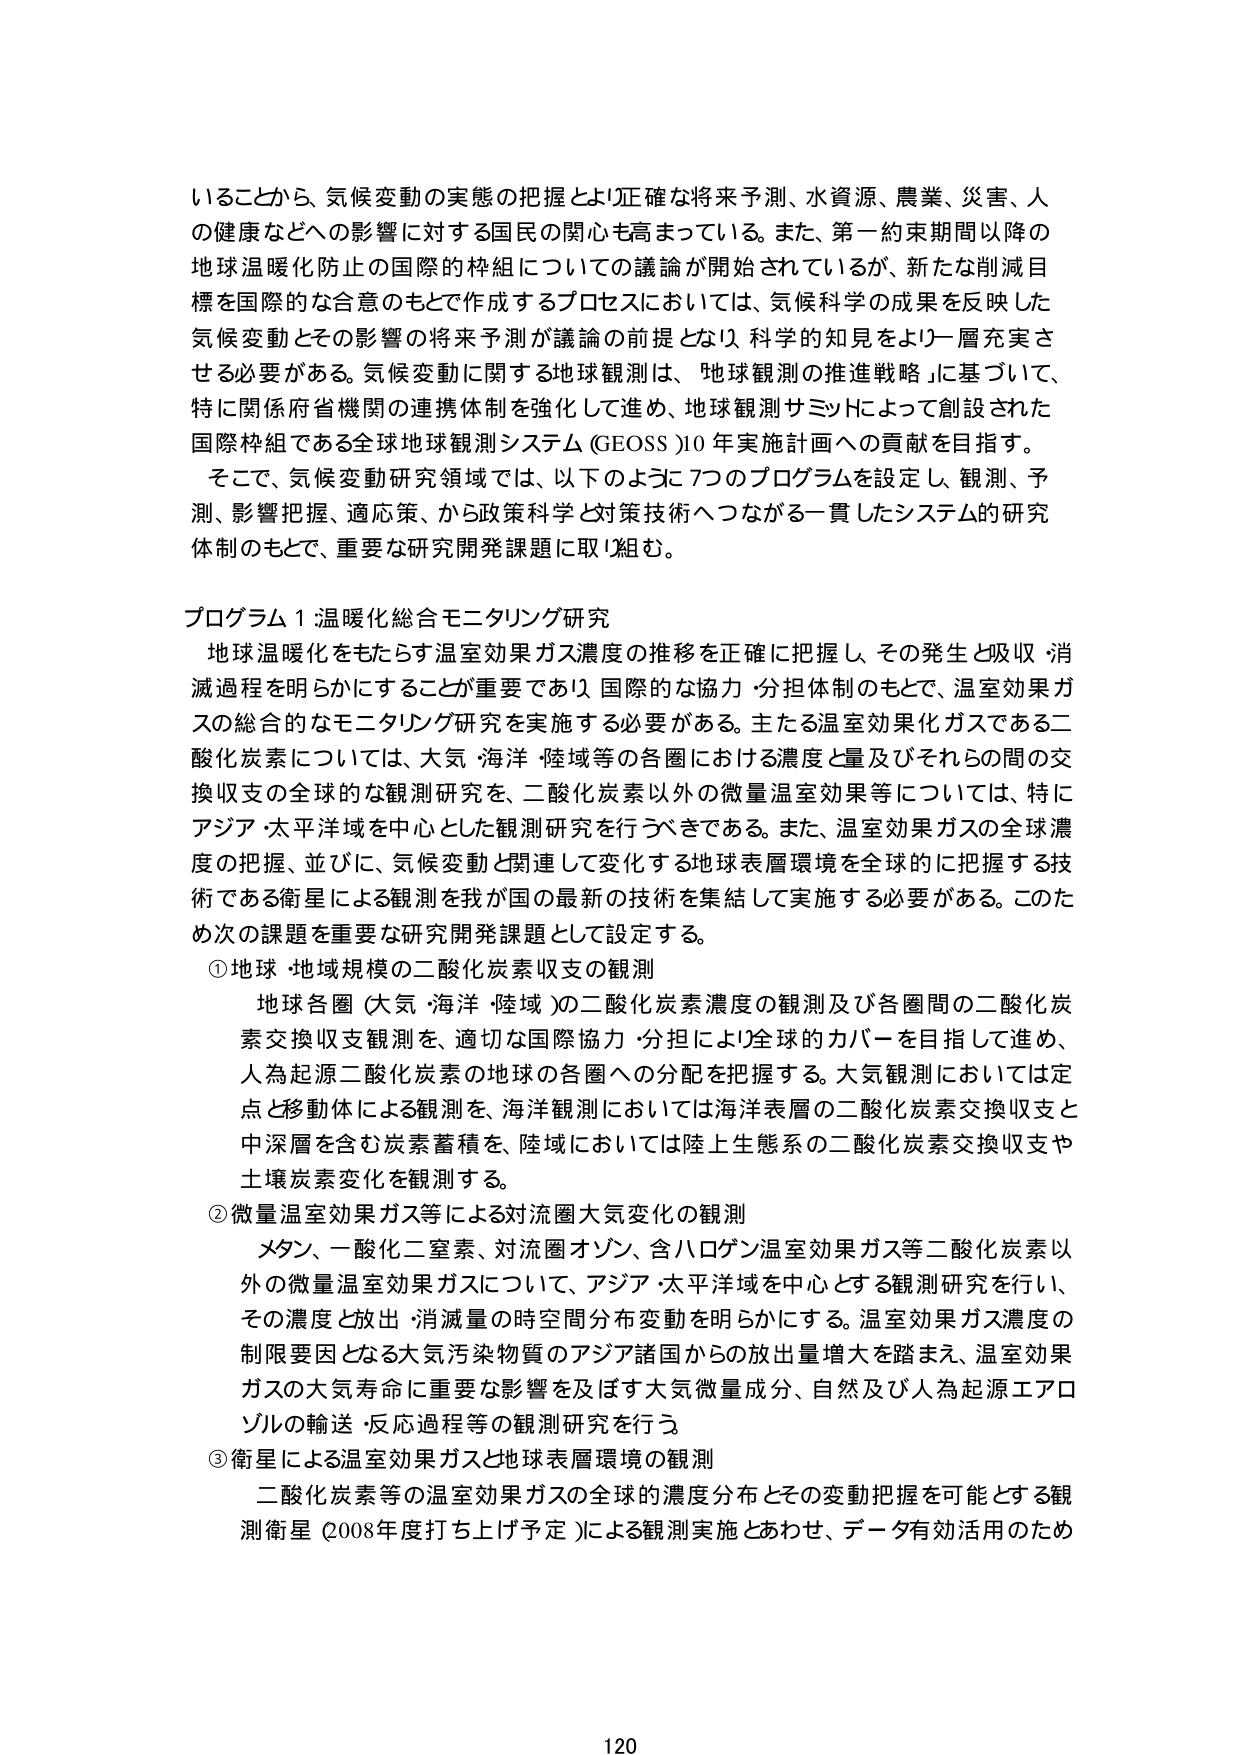
いることから、気候変動の実態の把握とより正確な将来予測、水資源、農業、災害、人の健康などへの影響に対する国民の関心も高まっている。また、第一約束期間以降の地球温暖化防止の国際的枠組についての議論が開始されているが、新たな削減目標を国際的な合意のもとで作成するプロセスにおいては、気候科学の成果を反映した気候変動とその影響の将来予測が議論の前提となり、科学的知見をより一層充実させる必要がある。気候変動に関する地球観測は、「地球観測の推進戦略」に基づいて、特に関係府省機関の連携体制を強化して進め、地球観測サミットによって創設された国際枠組である全球地球観測システム（GEOSS）10年実施計画への貢献を目指す。

そこで、気候変動研究領域では、以下のように7つのプログラムを設定し、観測、予測、影響把握、適応策、から政策科学と対策技術へつながる一貫したシステム的研究体制のもとで、重要な研究開発課題に取り組む。

プログラム1 温暖化総合モニタリング研究

地球温暖化をもたらす温室効果ガス濃度の推移を正確に把握し、その発生と吸収・消滅過程を明らかにすることが重要であり、国際的な協力・分担体制のもとで、温室効果ガスの総合的なモニタリング研究を実施する必要がある。主たる温室効果ガスである二酸化炭素については、大気・海洋・陸域等の各圏における濃度と量及びそれらの間の交換収支の全球的な観測研究を、二酸化炭素以外の微量温室効果等については、特にアジア・太平洋域を中心とした観測研究を行うべきである。また、温室効果ガスの全球濃度の把握、並びに、気候変動と関連して変化する地球表層環境を全球的に把握する技術である衛星による観測を我が国の最新の技術を集結して実施する必要がある。このため次の課題を重要な研究開発課題として設定する。

① 地球・地域規模の二酸化炭素収支の観測

地球各圏（大気・海洋・陸域）の二酸化炭素濃度の観測及び各圏間の二酸化炭素交換収支観測を、適切な国際協力・分担により全球的カバーを目指して進め、人為起源二酸化炭素の地球の各圏への分配を把握する。大気観測においては定点と移動体による観測を、海洋観測においては海洋表層の二酸化炭素交換収支と中深層を含む炭素蓄積を、陸域においては陸上生態系の二酸化炭素交換収支や土壌炭素変化を観測する。

② 微量温室効果ガス等による対流圏大気変化の観測

メタン、一酸化二窒素、対流圏オゾン、含ハロゲン温室効果ガス等二酸化炭素以外の微量温室効果ガスについて、アジア・太平洋域を中心とする観測研究を行い、その濃度と放出・消滅量の時空間分布変動を明らかにする。温室効果ガス濃度の制限要因となる大気汚染物質のアジア諸国からの放出量増大を踏まえ、温室効果ガスの大気寿命に重要な影響を及ぼす大気微量成分、自然及び人為起源エアロゾルの輸送・反応過程等の観測研究を行う。

③ 衛星による温室効果ガスと地球表層環境の観測

二酸化炭素等の温室効果ガスの全球的濃度分布とその変動把握を可能とする観測衛星（2008年度打ち上げ予定）による観測実施とあわせ、データ有効活用のため

120